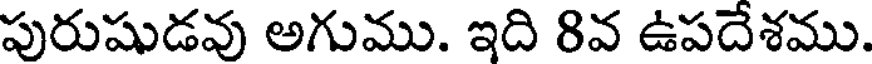
పురుషుడవు అగుము. ఇది 8వ ఉపదేశము.